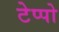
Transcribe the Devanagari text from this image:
टेप्पो